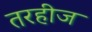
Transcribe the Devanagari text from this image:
तरहीज